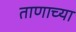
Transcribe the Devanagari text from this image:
ताणाच्या